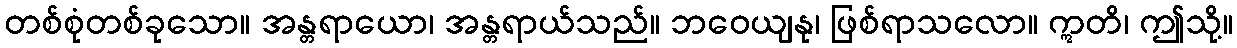
တစ်စုံတစ်ခုသော။ အန္တရာယော၊ အန္တရာယ်သည်။ ဘဝေယျနု၊ ဖြစ်ရာသလော။ ဣတိ၊ ဤသို့။